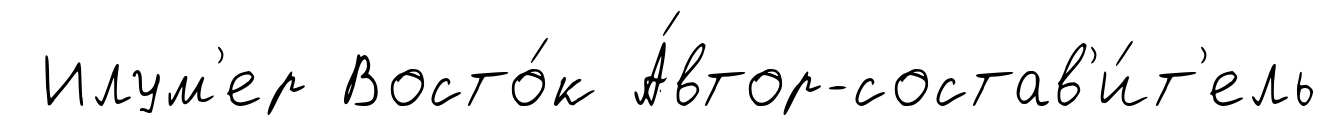
Илум'ер Восто́к А́втор-состав'и́т'ель